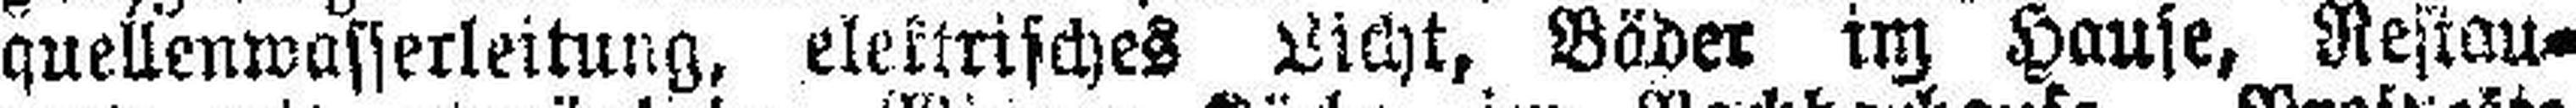
quellenwasserleitung, elektrisches Licht, Böder im Hause, Restau¬